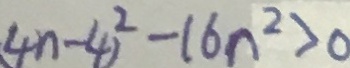
( 4 n - 4 ) ^ { 2 } - 1 6 n ^ { 2 } > 0